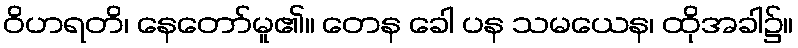
ဝိဟရတိ၊ နေတော်မူ၏။ တေန ခေါ ပန သမယေန၊ ထိုအခါ၌။